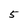
Character: 5